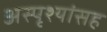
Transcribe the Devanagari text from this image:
अस्पृश्यांसह